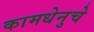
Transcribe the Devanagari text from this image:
कामधेनुचे